Vaccination in the Punjab 1905-1918 - 1905-1918
Year: 1905
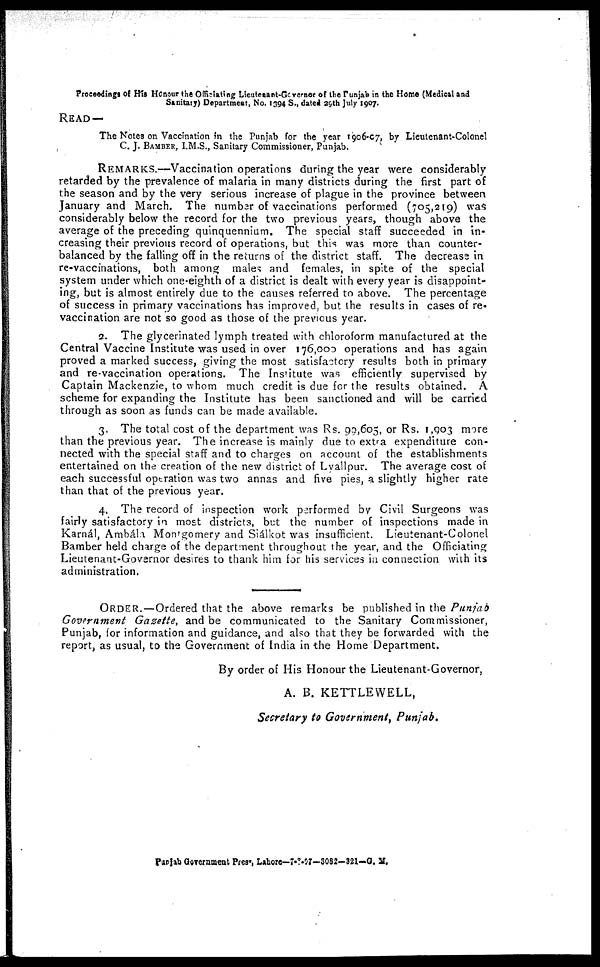
Proceedings of His Honour the Officiating Lieutenant-Governor of the Punjab in the Home (Medical and
Sanitary) Department, No. 1394 S., dated 29th July 1907.
READ—
The Notes on Vaccination in the Punjab for the year 1906-07, by Lieutenant-Colonel
C. J. BAMBER, I.M.S., Sanitary Commissioner, Punjab.
REMARKS.—Vaccination operations during the year were considerably
retarded by the prevalence of malaria in many districts during the first part of
the season and by the very serious increase of plague in the province between
January and March. The number of vaccinations performed (705,219) was
considerably below the record for the two previous years, though above the
average of the preceding quinquennium. The special staff succeeded in in-
creasing their previous record of operations, but this was more than counter-
balanced by the falling off in the returns of the district staff. The decrease in
re-vaccinations, both among males and females, in spite of the special
system under which one-eighth of a district is dealt with every year is disappoint-
ing, but is almost entirely due to the causes referred to above. The percentage
of success in primary vaccinations has improved, but the results in cases of re-
vaccination are not so good as those of the previous year.
2. The glycerinated lymph treated with chloroform manufactured at the
Central Vaccine Institute was used in over 176,000 operations and has again
proved a marked success, giving the most satisfactory results both in primary
and re-vaccination operations. The Institute was efficiently supervised by
Captain Mackenzie, to whom much credit is due for the results obtained. A
scheme for expanding the Institute has been sanctioned and will be carried
through as soon as funds can be made available.
3. The total cost of the department was Rs. 99,605, or Rs. 1,903 more
than the previous year. The increase is mainly due to extra expenditure con-
nected with the special staff and to charges on account of the establishments
entertained on the creation of the new district of Lyallpur. The average cost of
each successful operation was two annas and five pies, a slightly higher rate
than that of the previous year.
4. The record of inspection work performed by Civil Surgeons was
fairly satisfactory in most districts, but the number of inspections made in
Karnál, Ambála Montgomery and Siálkot was insufficient. Lieutenant-Colonel
Bamber held charge of the department throughout the year, and the Officiating
Lieutenant-Governor desires to thank him for his services in connection with its
administration.
ORDER.—Ordered that the above remarks be published in the Punjab
Government Gazette, and be communicated to the Sanitary Commissioner,
Punjab, for information and guidance, and also that they be forwarded with the
report, as usual, to the Government of India in the Home Department.
By order of His Honour the Lieutenant-Governor,
A. B. KETTLEWELL,
Secretary to Government, Punjab.
Punjab Government Press, Lahore—7-8-97—3082— 321—G. M.